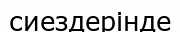
сиездерінде